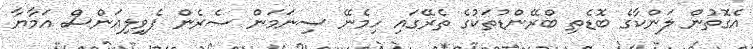
އެގޮތުން ލަންކާގެ ބޮޑެތި ބްރޭންޑުތަކުގެ ތެރޭގައި ހިމެނޭ ސިނަމަން ސެރެން ޕެވިލިއަންސް އަމާޔާ